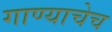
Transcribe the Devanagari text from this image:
गाण्याचेच